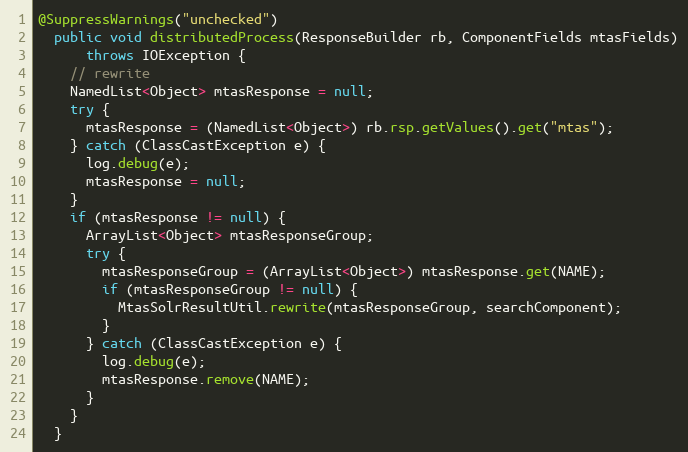
Language: Java
@SuppressWarnings("unchecked")
  public void distributedProcess(ResponseBuilder rb, ComponentFields mtasFields)
      throws IOException {
    // rewrite
    NamedList<Object> mtasResponse = null;
    try {
      mtasResponse = (NamedList<Object>) rb.rsp.getValues().get("mtas");
    } catch (ClassCastException e) {
      log.debug(e);
      mtasResponse = null;
    }
    if (mtasResponse != null) {
      ArrayList<Object> mtasResponseGroup;
      try {
        mtasResponseGroup = (ArrayList<Object>) mtasResponse.get(NAME);
        if (mtasResponseGroup != null) {
          MtasSolrResultUtil.rewrite(mtasResponseGroup, searchComponent);
        }
      } catch (ClassCastException e) {
        log.debug(e);
        mtasResponse.remove(NAME);
      }
    }
  }